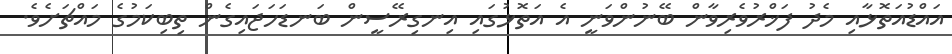
އައްޑުއަތޮޅާއި މެދު ފަޚްރުވެރިވާން ބޭނުންވަނީ އެ އަތޮޅުގައި އިނގިރޭސީން ބަނޑަހަޖައިގެން ތިބިކަމުގެ މައްޗަށެވެ.